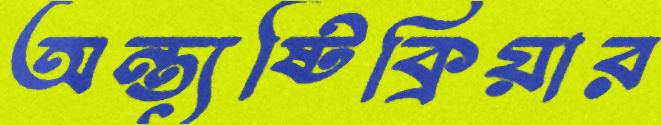
অন্ত্যষ্টিক্রিয়ার